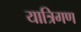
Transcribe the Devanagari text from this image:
यात्रिगण